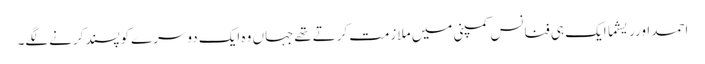
احمد اورریشما ایک ہی فنانس کمپنی میں ملازمت کرتےتھےجہاں وہ ایک دوسرےکوپسندکرنےلگے۔